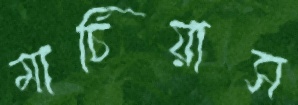
মার্চিয়াস